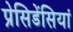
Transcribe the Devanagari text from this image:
प्रेसिडेंसियां